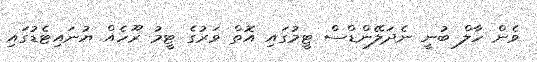
ވެން ހާލް ބުނީ ނެދަލޭންޑްސް ޓީމުގައި އޮތް ވަރުގެ ޓީމު ރޫހެއް ޔުނައިޓެޑުގައި